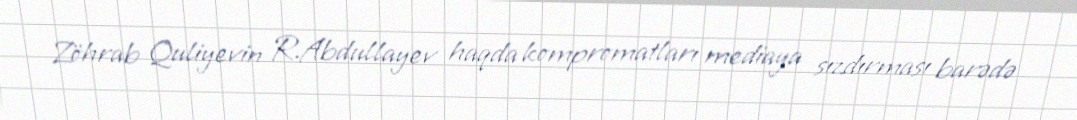
Zöhrab Quliyevin R.Abdullayev haqda kompromatları mediaya sızdırması barədə